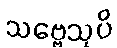
သဗ္ဗေသုပိ